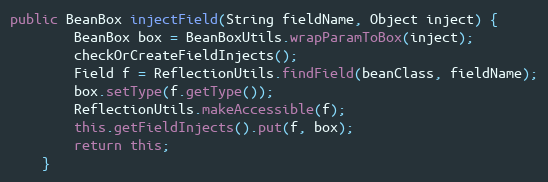
Language: Java
public BeanBox injectField(String fieldName, Object inject) {
		BeanBox box = BeanBoxUtils.wrapParamToBox(inject);
		checkOrCreateFieldInjects();
		Field f = ReflectionUtils.findField(beanClass, fieldName);
		box.setType(f.getType());
		ReflectionUtils.makeAccessible(f);
		this.getFieldInjects().put(f, box);
		return this;
	}